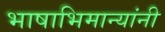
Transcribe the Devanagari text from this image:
भाषाभिमान्यांनी